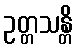
ဥတ္တသန္တိ